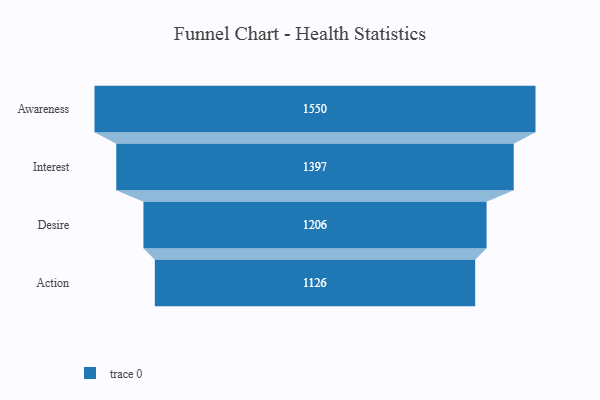
{"axis": {"x": "Stage", "y": "Value"}, "legend": [""], "data": [{"x": "Awareness", "y": 1550.0, "type": ""}, {"x": "Interest", "y": 1397.0, "type": ""}, {"x": "Desire", "y": 1206.0, "type": ""}, {"x": "Action", "y": 1126.0, "type": ""}]}